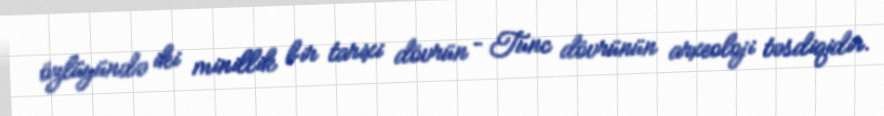
özlüyündə iki minillik bir tarixi dövrün – Tunc dövrünün arxeoloji təsdiqidir.